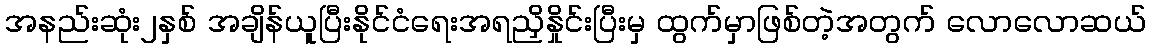
အနည်းဆုံး၂နှစ် အချိန်ယူပြီးနိုင်ငံရေးအရညှိနှိုင်းပြီးမှ ထွက်မှာဖြစ်တဲ့အတွက် လောလောဆယ်